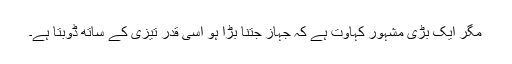
مگر ایک بڑی مشہور کہاوت ہے کہ جہاز جتنا بڑا ہو اسی قدر تیزی کے ساتھ ڈوبتا ہے۔